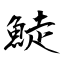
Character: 鯐